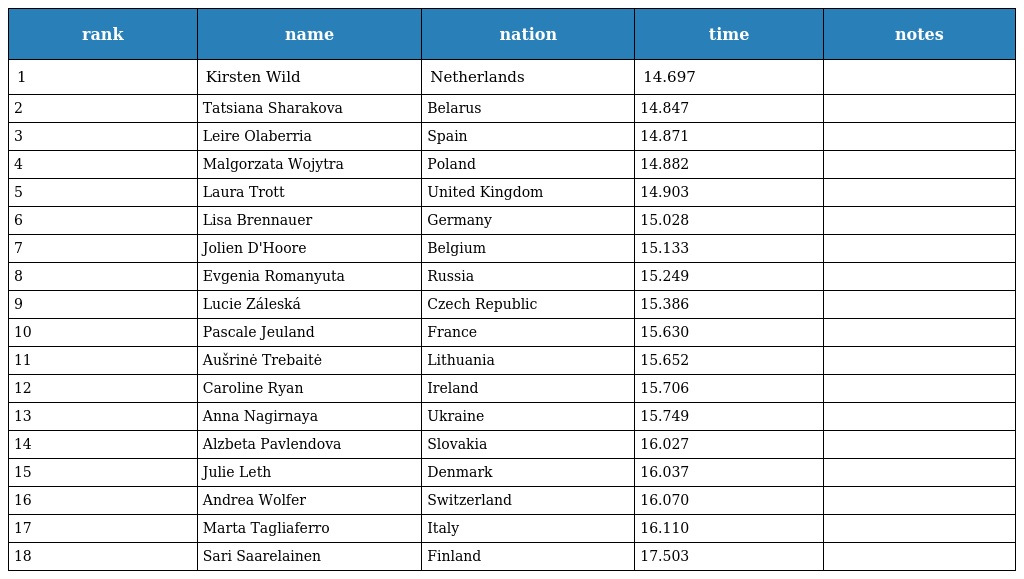
| rank | name | nation | time | notes |
 | --- | --- | --- | --- | --- |
 | 1 | Kirsten Wild | Netherlands | 14.697 |  |
 | 2 | Tatsiana Sharakova | Belarus | 14.847 |  |
 | 3 | Leire Olaberria | Spain | 14.871 |  |
 | 4 | Malgorzata Wojytra | Poland | 14.882 |  |
 | 5 | Laura Trott | United Kingdom | 14.903 |  |
 | 6 | Lisa Brennauer | Germany | 15.028 |  |
 | 7 | Jolien D'Hoore | Belgium | 15.133 |  |
 | 8 | Evgenia Romanyuta | Russia | 15.249 |  |
 | 9 | Lucie Záleská | Czech Republic | 15.386 |  |
 | 10 | Pascale Jeuland | France | 15.630 |  |
 | 11 | Aušrinė Trebaitė | Lithuania | 15.652 |  |
 | 12 | Caroline Ryan | Ireland | 15.706 |  |
 | 13 | Anna Nagirnaya | Ukraine | 15.749 |  |
 | 14 | Alzbeta Pavlendova | Slovakia | 16.027 |  |
 | 15 | Julie Leth | Denmark | 16.037 |  |
 | 16 | Andrea Wolfer | Switzerland | 16.070 |  |
 | 17 | Marta Tagliaferro | Italy | 16.110 |  |
 | 18 | Sari Saarelainen | Finland | 17.503 |  |